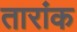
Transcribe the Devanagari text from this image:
तारांक